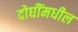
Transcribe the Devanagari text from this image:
दोघींमधील